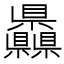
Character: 𥍙